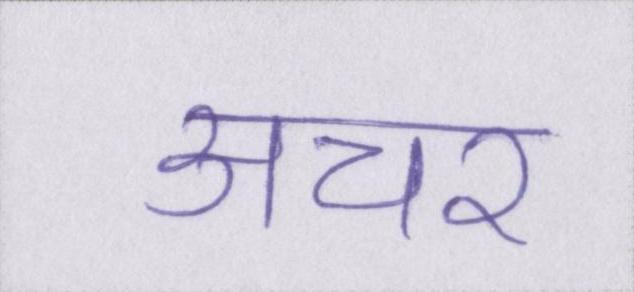
अचर